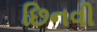
છિનવી